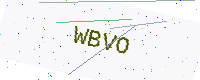
Text: WBVO